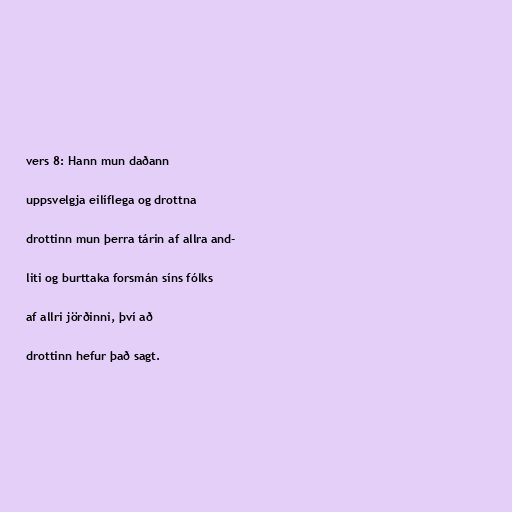
vers 8: Hann mun daðann

uppsvelgja eilíflega og drottna

drottinn mun þerra tárin af allra and-

liti og burttaka forsmán síns fólks

af allri jörðinni, því að

drottinn hefur það sagt.